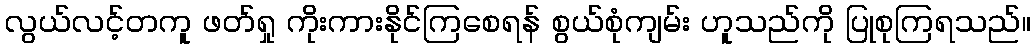
လွယ်လင့်တကူ ဖတ်ရှု ကိုးကားနိုင်ကြစေရန် စွယ်စုံကျမ်း ဟူသည်ကို ပြုစုကြရသည်။